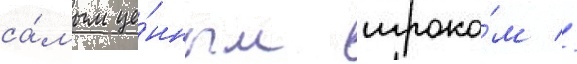
са́мым це́нным игроко́м //